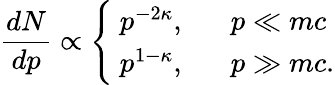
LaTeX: \frac{dN}{dp}\propto\Bigg\{ \begin{array}{ll}{\ p^{-2\kappa},}&{\ \ \ p\ll mc}\\ {\ p^{1-\kappa},}&{\ \ \ p\gg mc.}\end{array}